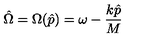
\hat { \Omega } = \Omega ( \hat { p } ) = \omega - \frac { k \hat { p } } { M }